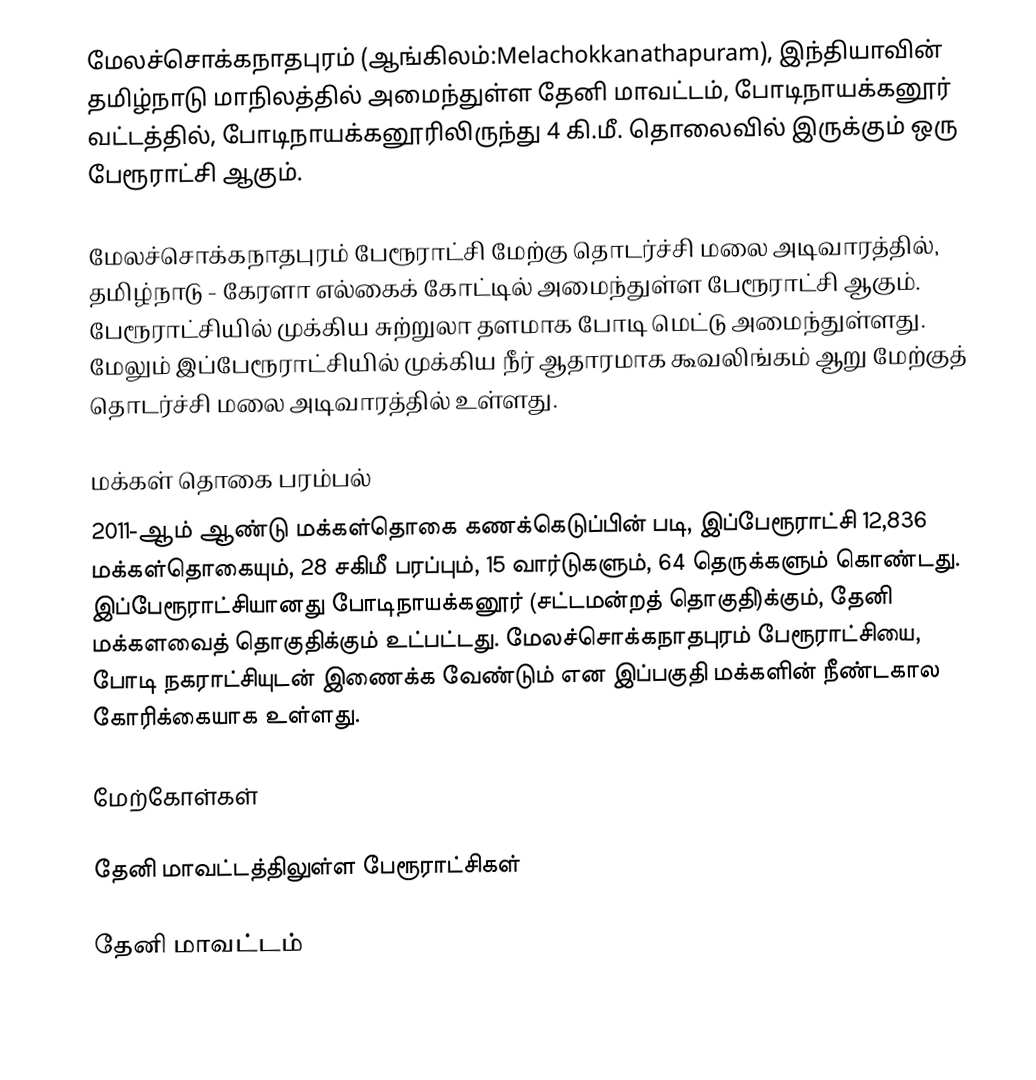
மேலச்சொக்கநாதபுரம் (ஆங்கிலம்:Melachokkanathapuram), இந்தியாவின் தமிழ்நாடு மாநிலத்தில் அமைந்துள்ள தேனி மாவட்டம், போடிநாயக்கனூர் வட்டத்தில், போடிநாயக்கனூரிலிருந்து 4 கி.மீ. தொலைவில்  இருக்கும் ஒரு பேரூராட்சி ஆகும்.

மேலச்சொக்கநாதபுரம் பேரூராட்சி மேற்கு தொடர்ச்சி மலை அடிவாரத்தில், தமிழ்நாடு - கேரளா எல்கைக் கோட்டில் அமைந்துள்ள பேரூராட்சி ஆகும். பேரூராட்சியில் முக்கிய சுற்றுலா தளமாக போடி மெட்டு அமைந்துள்ளது. மேலும் இப்பேரூராட்சியில் முக்கிய நீர் ஆதாரமாக கூவலிங்கம் ஆறு மேற்குத் தொடர்ச்சி மலை அடிவாரத்தில் உள்ளது.

மக்கள் தொகை பரம்பல்
2011-ஆம் ஆண்டு மக்கள்தொகை கணக்கெடுப்பின்  படி,   இப்பேரூராட்சி 12,836 மக்கள்தொகையும், 28 சகிமீ பரப்பும்,  15    வார்டுகளும், 64 தெருக்களும் கொண்டது. இப்பேரூராட்சியானது போடிநாயக்கனூர் (சட்டமன்றத் தொகுதி)க்கும், தேனி மக்களவைத் தொகுதிக்கும் உட்பட்டது.  மேலச்சொக்கநாதபுரம் பேரூராட்சியை, போடி நகராட்சியுடன் இணைக்க வேண்டும் என இப்பகுதி  மக்களின் நீண்டகால கோரிக்கையாக உள்ளது.

மேற்கோள்கள்

தேனி மாவட்டத்திலுள்ள பேரூராட்சிகள்

தேனி மாவட்டம்